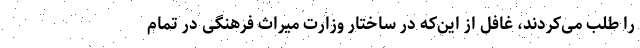
را طلب می‌کردند، غافل از این‌که در ساختار وزارت میراث فرهنگی در تمام